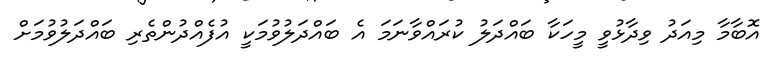
އޮބާމާ މިއަދު ވިދާޅުވީ މީހަކާ ބައްދަލު ކުރައްވާނަމަ އެ ބައްދަލުވުމަކީ އުފެއްދުންތެރި ބައްދަލުވުމަށް